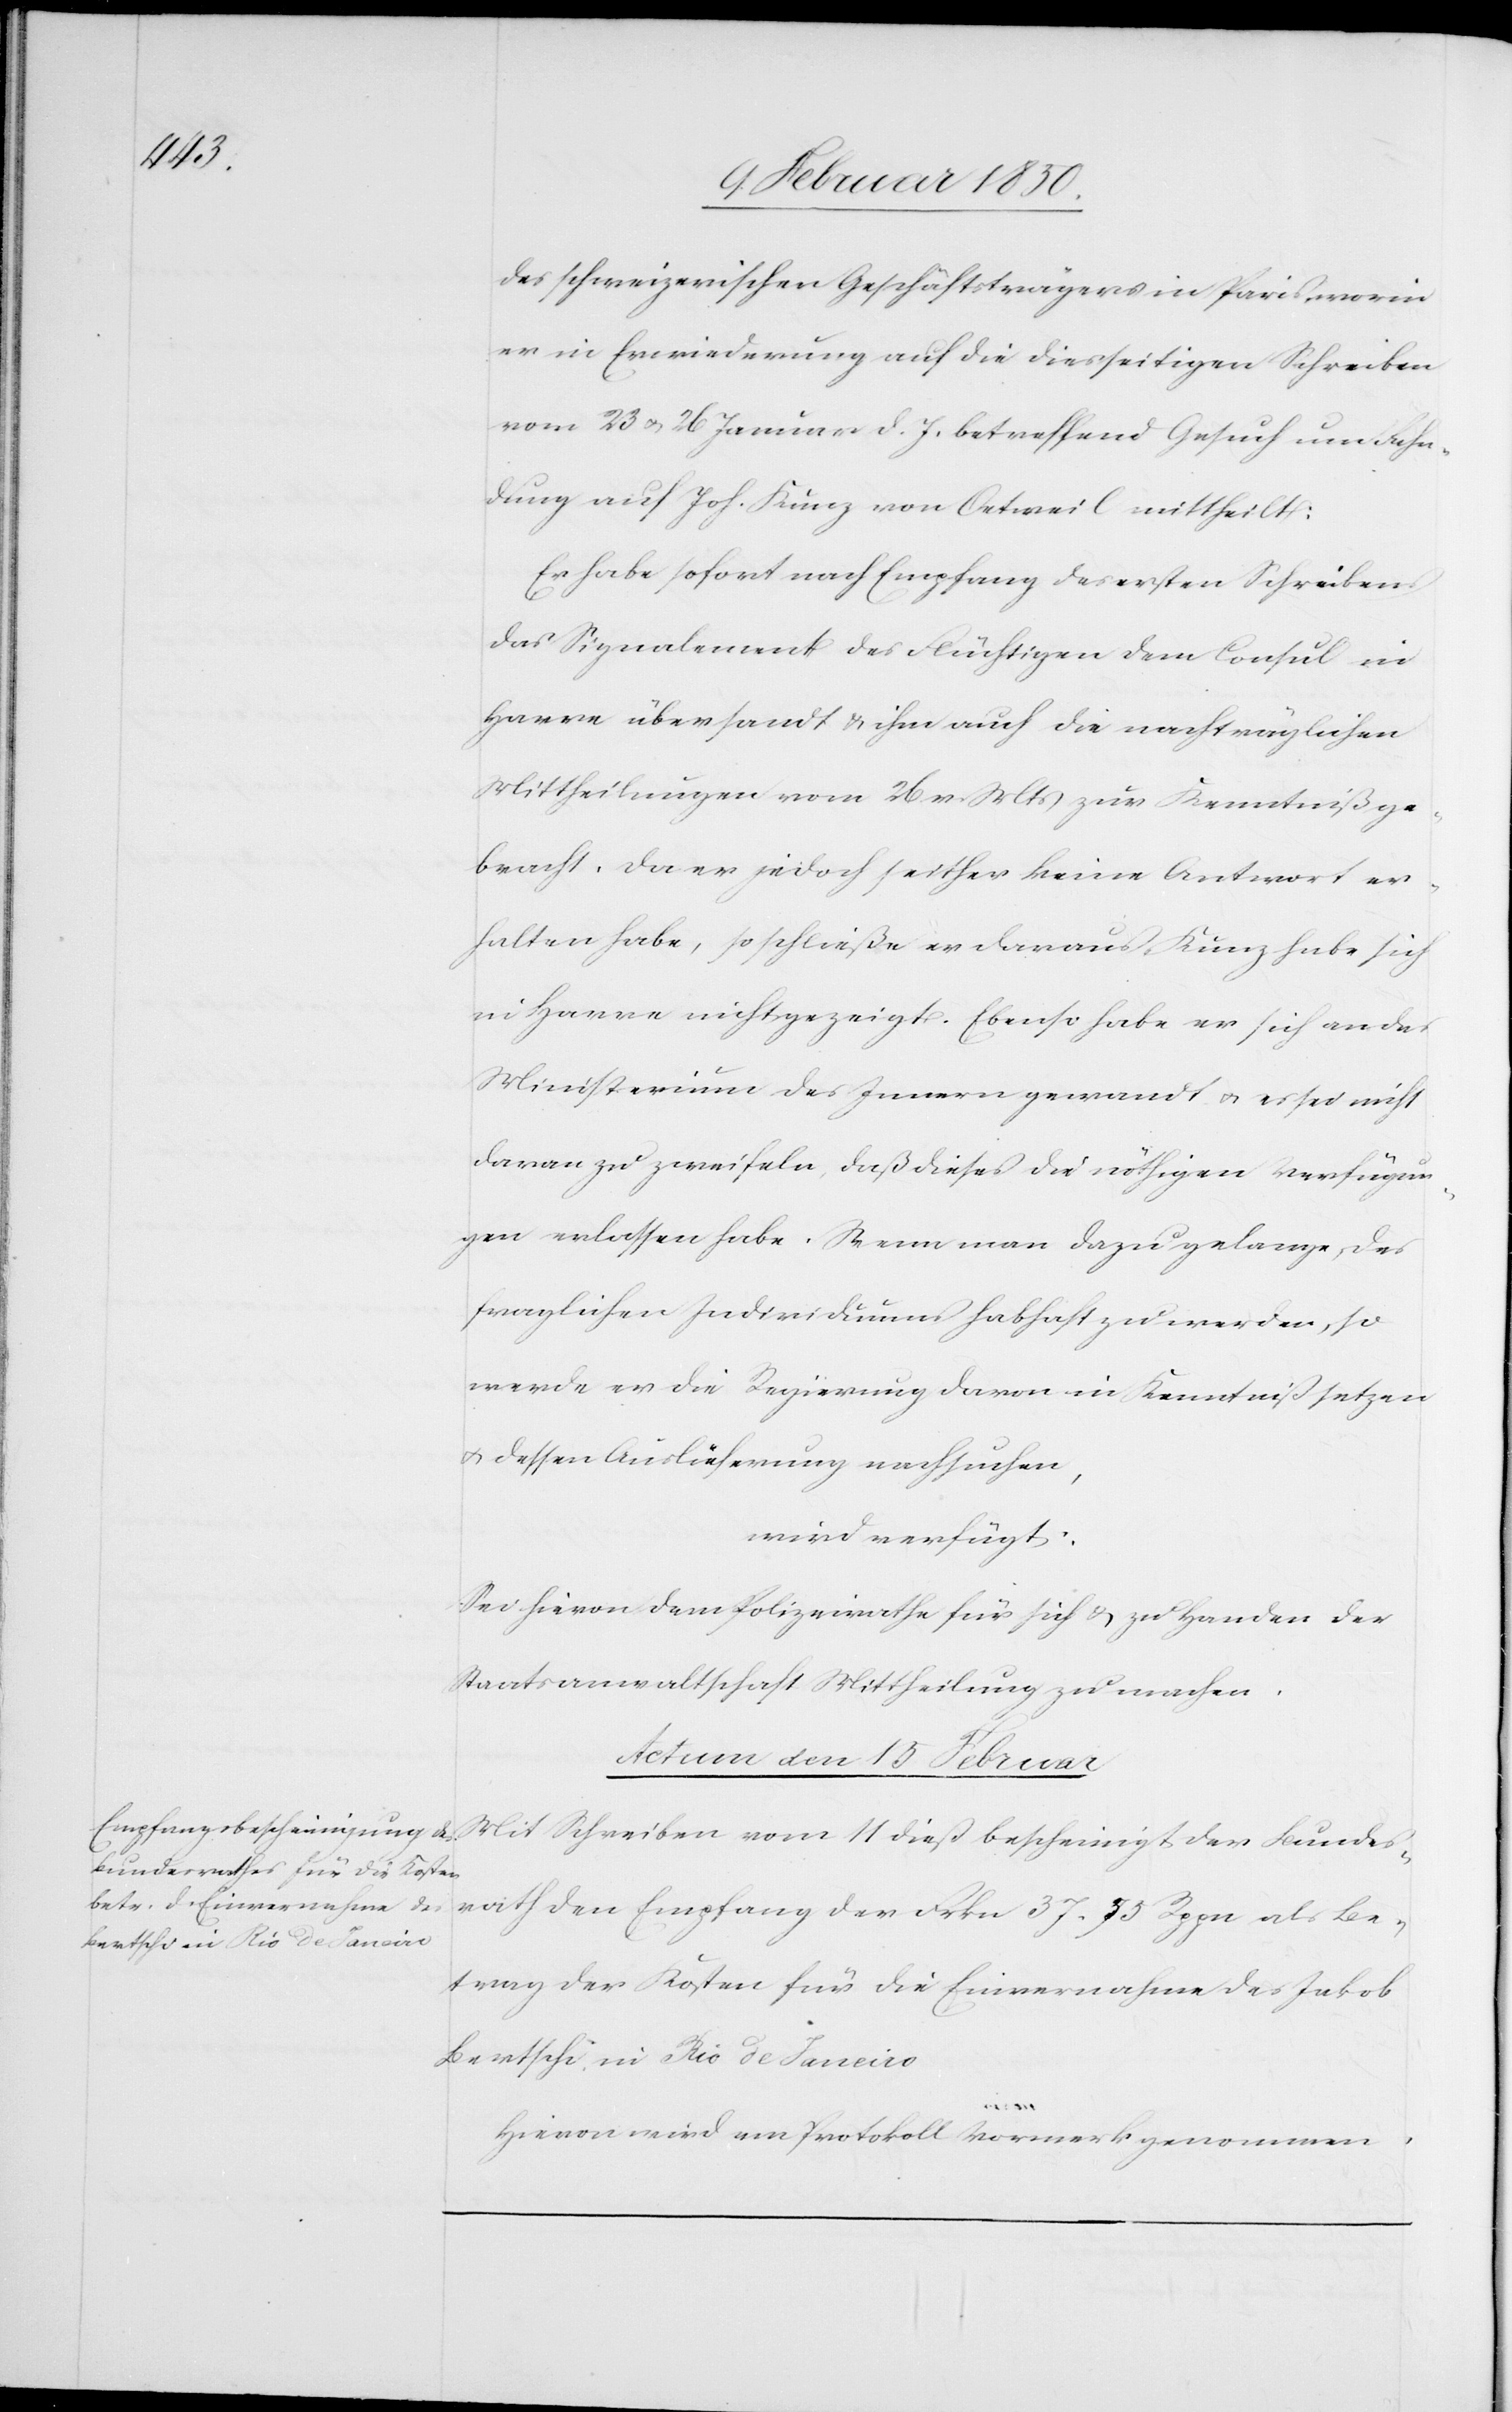
des schweizerischen Geschäftsträgers in Paris worin
er in Erwiederung auf die diesseitigen Schreiben
vom 23 u. 26 Januar d. J. betreffend Gesuch um Fahn¬
dung auf Joh. Kunz von Oetweil mittheilt:
Er habe sofort nach Empfang des ersten Schreibens
das Signalement des Flüchtigen dem Consul in
Harre übersandt u. ihm auch die nachträglichen
Mittheilungen vom 26. v. Mts zur Kenntniß ge¬
bracht. Da er jedoch seither keine Antwort er¬
halten habe, so schließe er daraus, Kunz habe sich
in Harre nicht gezeigt. Ebenso habe er sich an das
Ministerium des Innern gewandt u. es sei nicht
daran zu zweifeln, daß dieses die nöthigen Verfügun¬
gen erlassen habe. Wenn man dazu gelange, des
fraglichen Individuums habhaft zu werden, so
werde er die Regierung davon in Kenntniß setzen
u. dessen Auslieferung nachsuchen,
wird verfügt:
Sei hievon dem Polizeirathe für sich u. zu Handen der
Staatsanwaltschaft Mittheilung zu machen.
Actum den 15 Februar
Mit Schreiben vom 11 dieß bescheinigt der Bundes¬
rath den Empfang der Frkn 37. 55 Rppn als Be¬
trag der Kosten für die Einvernahme des Jakob
Bertschi in Rio de Janeiro
Hievon wird am Protokoll Vormerk genommen.